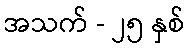
အသက် - ၂၅ နှစ်